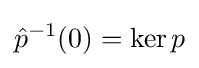
{\hat {p}}^{-1}(0)=\ker p